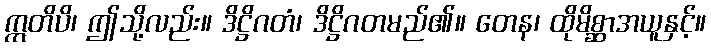
ဣတိပိ၊ ဤသို့လည်း။ ဒိဋ္ဌိဂတံ၊ ဒိဋ္ဌိဂတမည်၏။ တေန၊ ထိုမိစ္ဆာအယူနှင့်။